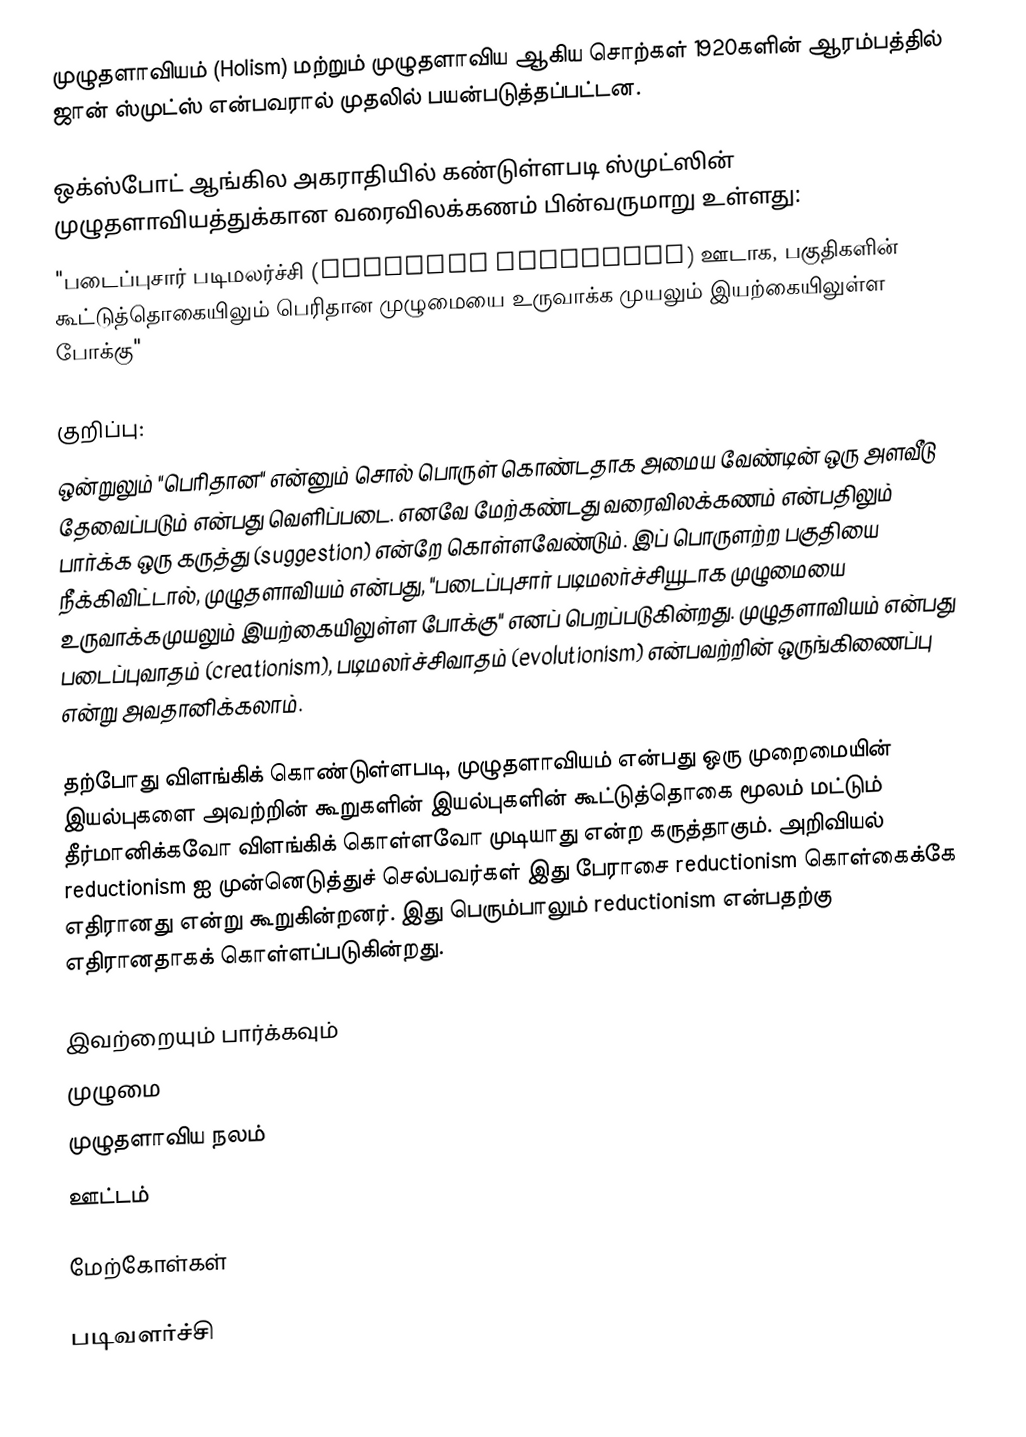
முழுதளாவியம் (Holism) மற்றும் முழுதளாவிய ஆகிய சொற்கள் 1920களின் ஆரம்பத்தில் ஜான் ஸ்முட்ஸ் என்பவரால் முதலில் பயன்படுத்தப்பட்டன.

ஒக்ஸ்போட் ஆங்கில அகராதியில் கண்டுள்ளபடி ஸ்முட்ஸின் முழுதளாவியத்துக்கான வரைவிலக்கணம் பின்வருமாறு உள்ளது:
"படைப்புசார் படிமலர்ச்சி (creative evolution) ஊடாக, பகுதிகளின் கூட்டுத்தொகையிலும் பெரிதான முழுமையை உருவாக்க முயலும் இயற்கையிலுள்ள போக்கு"

குறிப்பு:
ஒன்றுலும் "பெரிதான" என்னும் சொல் பொருள் கொண்டதாக அமைய வேண்டின் ஒரு அளவீடு தேவைப்படும் என்பது வெளிப்படை. எனவே மேற்கண்டது வரைவிலக்கணம் என்பதிலும் பார்க்க ஒரு கருத்து (suggestion) என்றே கொள்ளவேண்டும். இப் பொருளற்ற பகுதியை நீக்கிவிட்டால், முழுதளாவியம் என்பது, "படைப்புசார் படிமலர்ச்சியூடாக முழுமையை உருவாக்கமுயலும் இயற்கையிலுள்ள போக்கு" எனப் பெறப்படுகின்றது. முழுதளாவியம் என்பது படைப்புவாதம் (creationism), படிமலர்ச்சிவாதம் (evolutionism) என்பவற்றின் ஒருங்கிணைப்பு என்று அவதானிக்கலாம்.

தற்போது விளங்கிக் கொண்டுள்ளபடி, முழுதளாவியம் என்பது ஒரு முறைமையின் இயல்புகளை அவற்றின் கூறுகளின் இயல்புகளின் கூட்டுத்தொகை மூலம் மட்டும் தீர்மானிக்கவோ விளங்கிக் கொள்ளவோ முடியாது என்ற கருத்தாகும். அறிவியல் reductionism ஐ முன்னெடுத்துச் செல்பவர்கள் இது பேராசை reductionism கொள்கைக்கே எதிரானது என்று கூறுகின்றனர்.  இது பெரும்பாலும் reductionism என்பதற்கு எதிரானதாகக் கொள்ளப்படுகின்றது.

இவற்றையும் பார்க்கவும்
முழுமை
முழுதளாவிய நலம்
ஊட்டம்

மேற்கோள்கள்

படிவளர்ச்சி